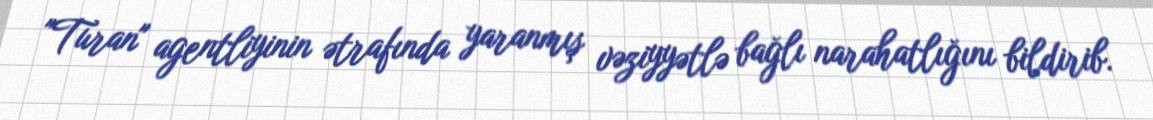
"Turan" agentliyinin ətrafında yaranmış vəziyyətlə bağlı narahatlığını bildirib.